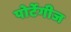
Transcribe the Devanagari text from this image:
पोर्टेगीज